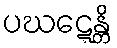
ပဃဋ္ဋေန္တိ